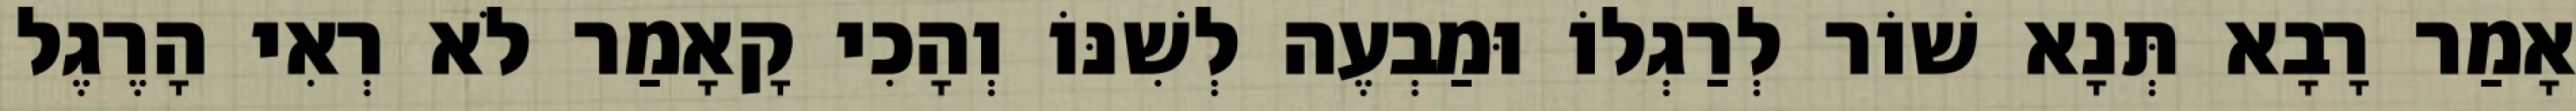
אָמַר רָבָא תְּנָא שׁוֹר לְרַגְלוֹ וּמַבְעֶה לְשִׁנּוֹ וְהָכִי קָאָמַר לֹא רְאִי הָרֶגֶל